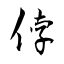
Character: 侼